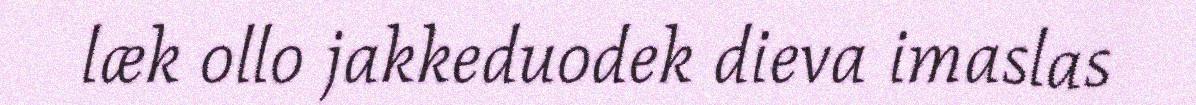
læk ollo jakkeduodek dieva imaslas